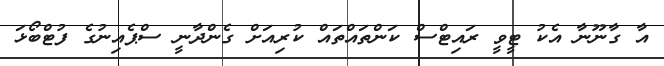
އާ ގާނޫނާ އެކު ޓީވީ ރައިޓްސް ކަންތައްތައް ކުރިއަށް ގެންދާނީ ސްޕެއިނުގެ ފުޓްބޯޅަ